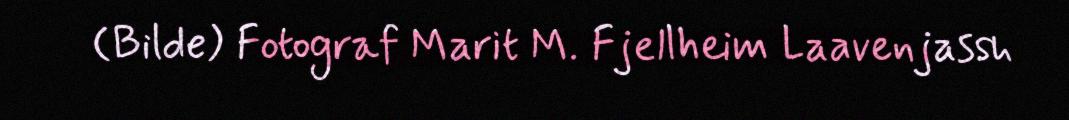
(Bilde) Fotograf Marit M. Fjellheim Laavenjassh